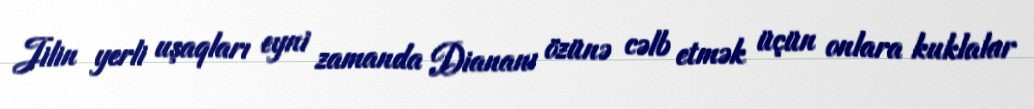
Jilin yerli uşaqları eyni zamanda Diananı özünə cəlb etmək üçün onlara kuklalar